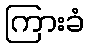
ကြားခံ